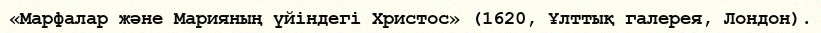
«Марфалар және Марияның үйiндегi Христос» (1620, Ұлттық галерея, Лондон).